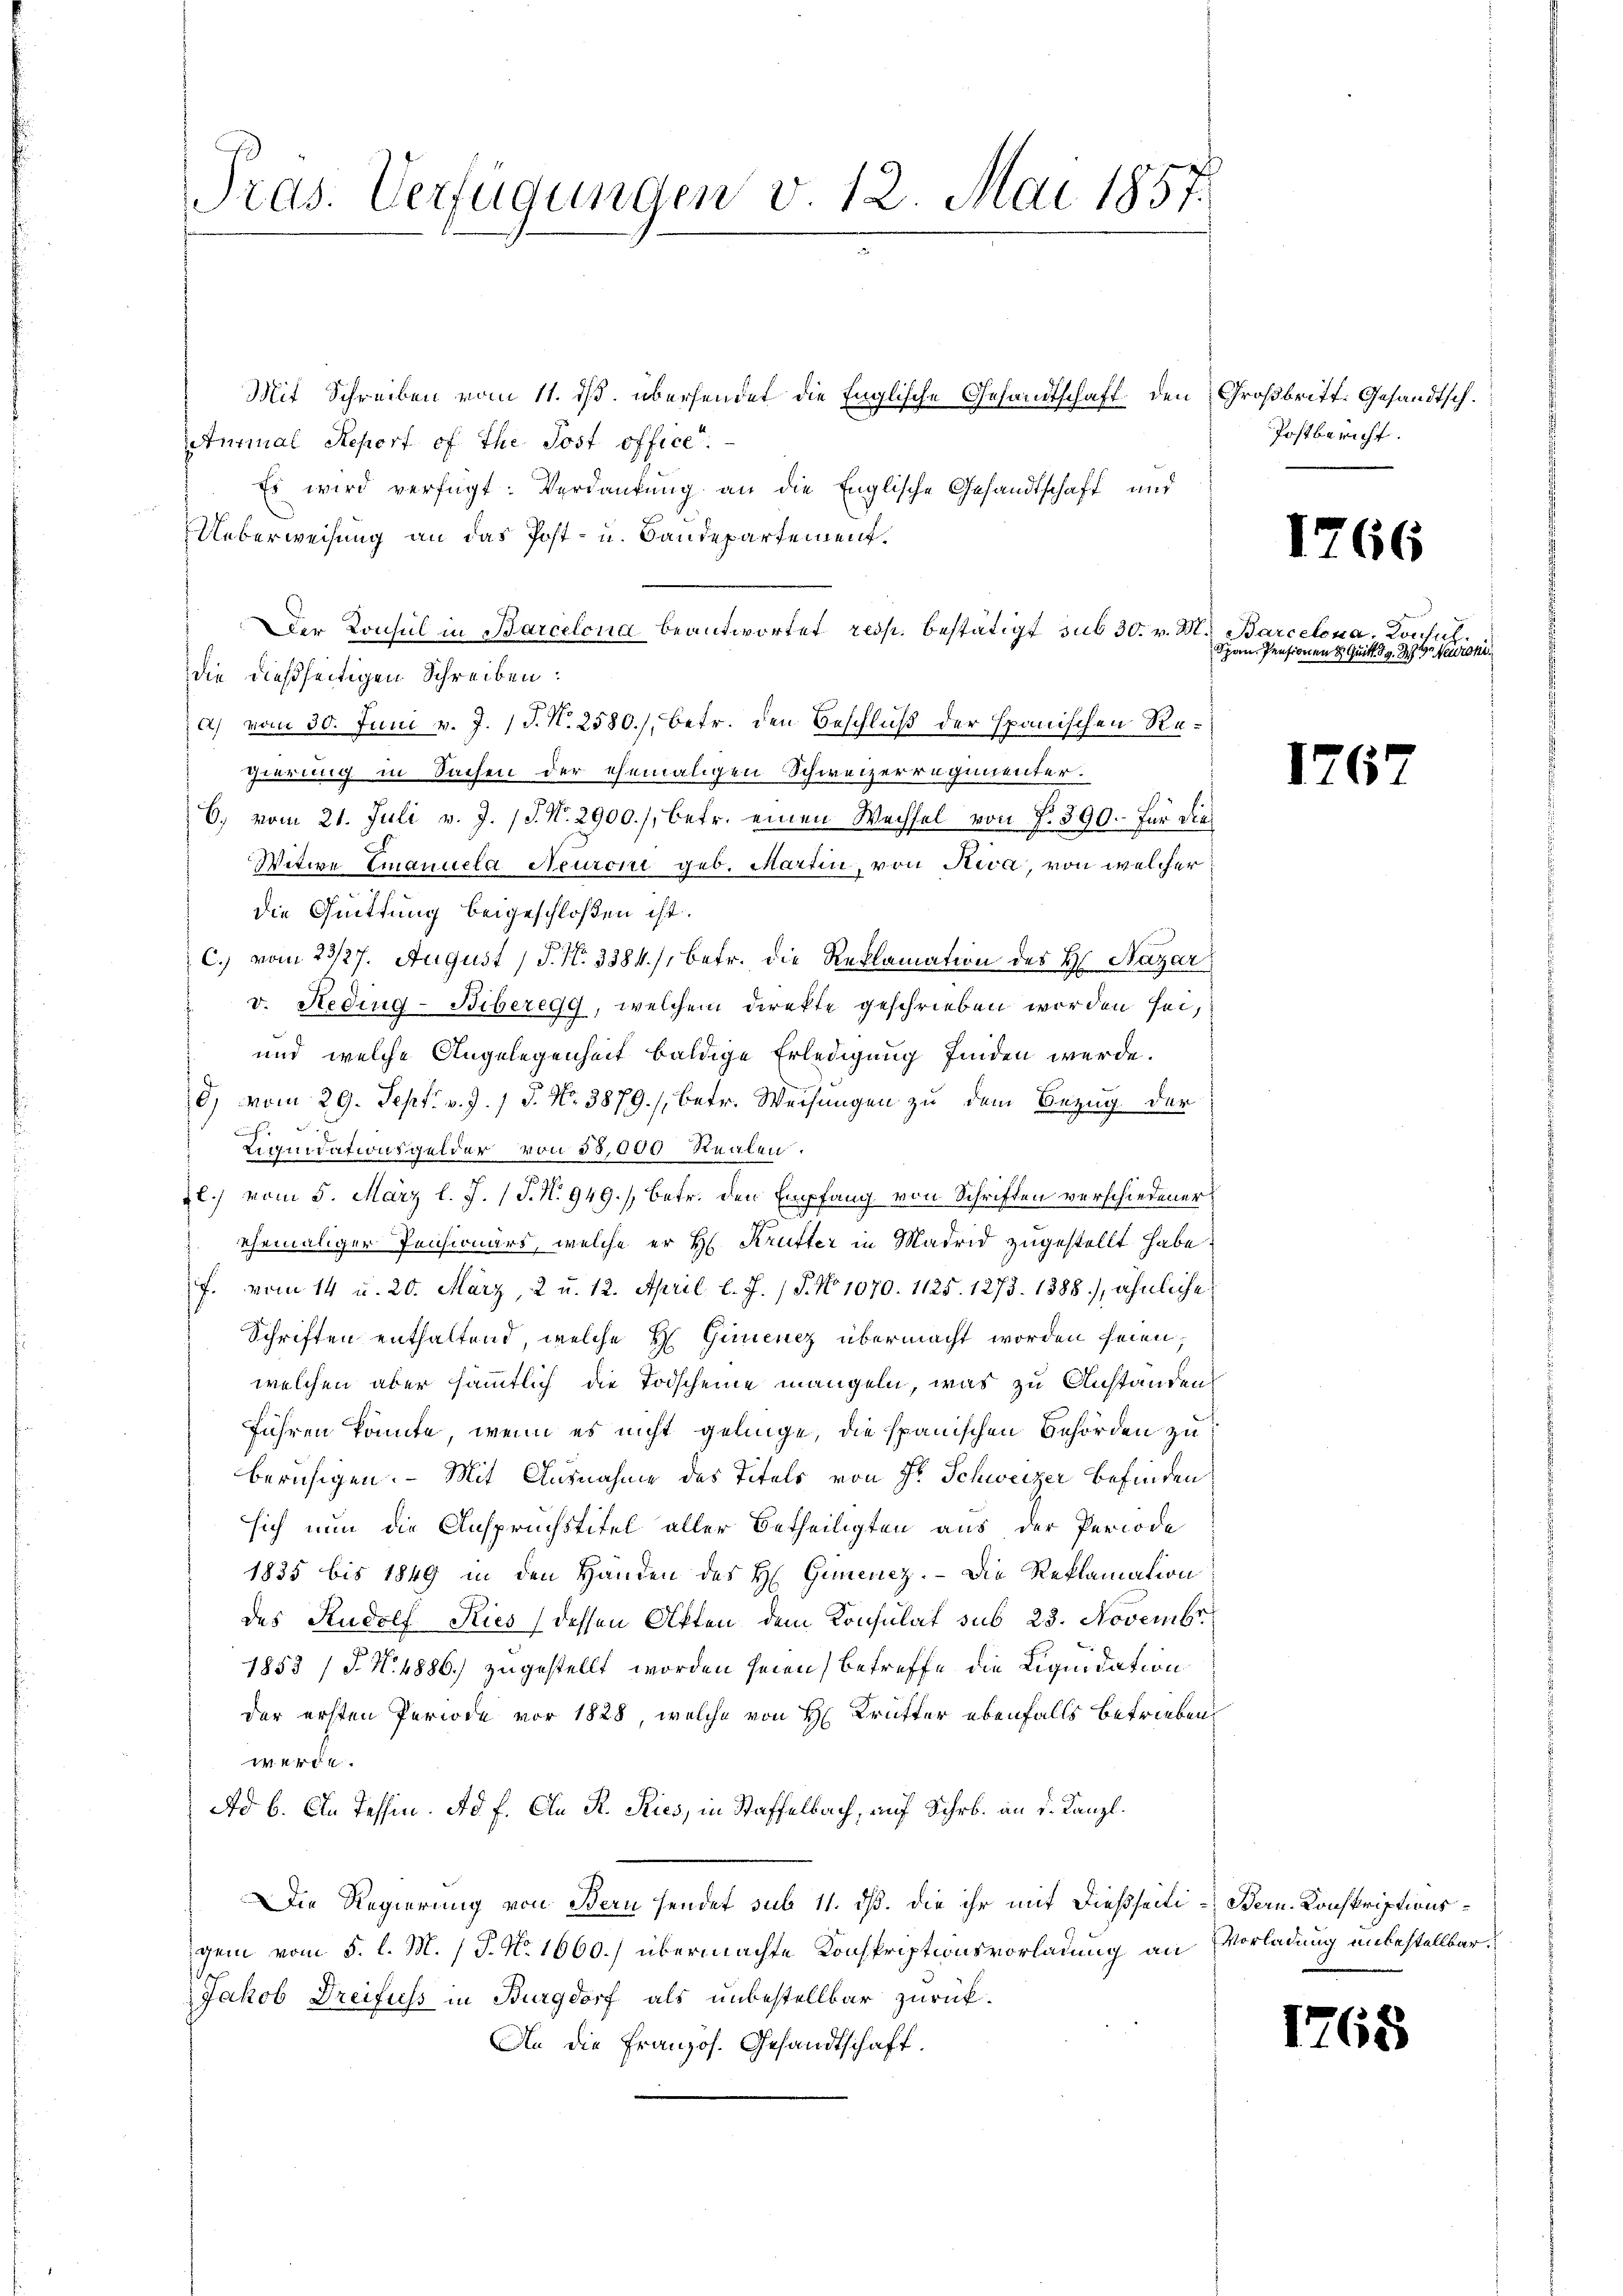
Tras. Verfügungen v. 12. Mai 1857.

Mit Schreiben vom 11. ds. übersendet die Englische Gesandtschaft den Großbritt. Gesandtsch.
Aturmal Report of the Post office.
Es wird verfügt: Verdankung an die Englische Gesandtschaft und
Ueberweisung an das Post- u. Bandepartement.
der Konsul in Barcelona beantwortet resp. bestätigt sub 30. v. M. Barcelona, Konsul
die dießseitigen Schreiben:
a) vom 30. Juni v. J. J. N. 2580.) betr. den Beschluß der spanischen Regierung in Sachen der ehemaligen Schweizerregimenter.
6., vom 21. Juli v. J. 17. No. 2900./, betr. einen Wechsel von 7. 390. für die
Witwe Emanuela Neuroni geb. Martin, von Riva, von welcher
die Quittung beigeschloßen ist.
c.) vom 23/27. August P. Nr. 3384), betr. die Reklamation des H. Nazar
v. Heding-Biberegg, welchem direkte geschrieben worden sei,
und welche Angelegenheit baldige Erledigung finden werde.
d, vom 29. Sept. v. J. 1 S. Nr. 3879/, betr. Weisungen zu dem Bezug der
.
Liquidationsgelder von 55,000 Realen.
2l) vom 5. März l. J. (T. N. 949./, betr. den Empfang von Schriften verschiedener
ehemaliger Pensionärs, welche er H. Krutter in Madrid zugestellt habe.
f. vom 14 u. 20. März, 2 u. 12. April l. J. (T. No 1070. 1125. 1273. 1388), ähnliche
Schriften enthaltend, welche H. Gundenz übermacht worden heien.
welchen aber sämmtlich die Todscheine mangeln, was zu Anstanden
führen könnte, wenn es nicht gelinge, die spanischen Behörden zu
beruhigen. – Mit Ausnahme des Titels von Fr. Schweizer Befinden
sich nun die Anspruchstifel aller Betheiligten aus der Periode
1835 bis 1849 in den Händen des H. Gunenez. – Die Reklamation
des Rudolf Kies dessen Akten dem Konsulat sub 23. Novembr
1853 / P. N. 4886) zugestellt worden seien) betreffe die Liquidation
der ersten Periode vor 1828, welche von H Krütter ebenfalls betrieben,
werde.
Ad b. An Tessin. Ad f. An R. Kies, in Staffelbach, auf Schr. an d. Kanzl.
DDie Regierung von Bern sendet sub 11. dß. die ihr mit dießseiti- Bern. Konskriptionsgem vom 5. l. M. / J. No. 1660.) übermachte Konskriptionsvorladung an Vorladung unbestellbar¬
Jakob Dreifuss in Burgdorf als unbestellbar zurück-
An die Französ. Gesandtschaft.

Postbericht.

1766

Span Pensionen 8. Quitt. d. 3. Veroni

1767

1768